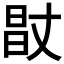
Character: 𰖊